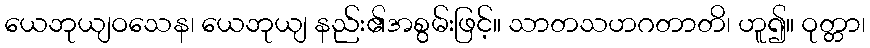
ယေဘုယျဝသေန၊ ယေဘုယျ နည်း၏အစွမ်းဖြင့်။ သာတသဟဂတာတိ၊ ဟူ၍။ ဝုတ္တာ၊